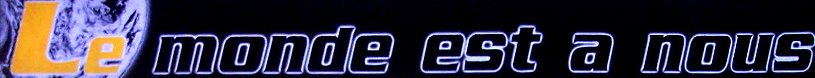
le monde est a nous